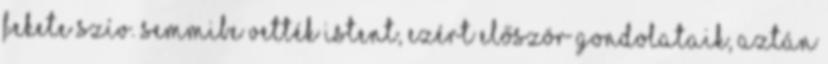
fekete szív. Semmibe vették Istent, ezért először gondolataik, aztán